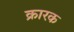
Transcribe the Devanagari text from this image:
क्रारक